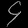
Digit: ၄